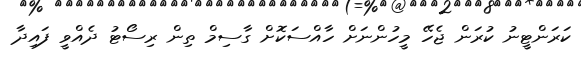
ކަރަންޓީނު ކުރަން ޖެހޭ މީހުންނަށް ހާއްސަކޮށް ގާސިމް ތިން ރިސޯޓު ދެއްވީ ފައިދާ